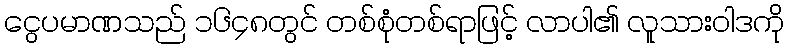
ငွေပမာဏသည် ၁၆၄၈တွင် တစ်စုံတစ်ရာဖြင့် လာပါ၏ လူသားဝါဒကို